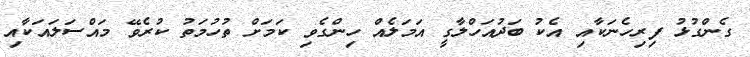
ގެންގުޅު ފިރިހެނަކާއި އެކު ބަދުއަހްލާގީ އަމަލެއް ހިންގެވި ކަމަށް ތުހުމަތު ކުރެވޭ މައްސަލައަކާއި